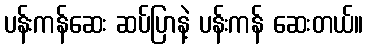
ပန်းကန်ဆေး ဆပ်ပြာနဲ့ ပန်းကန် ဆေးတယ်။